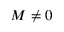
M \ne 0